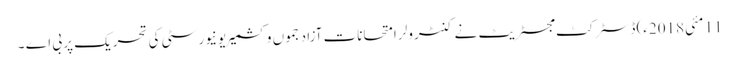
11 مئی2018ء) ڈسٹر کٹ مجسٹریٹ نے کنٹرولر امتحانات آزاد جموں وکشمیر یونیورسٹی کی تحریک پر بی اے ۔